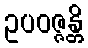
ဥပဝဇ္ဇန္တိ